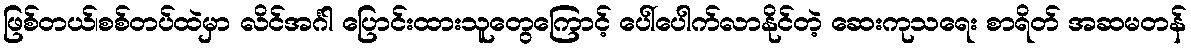
ဖြစ်တယ်၊စစ်တပ်ထဲမှာ လိင်အင်္ဂါ ပြောင်းထားသူတွေကြောင့် ပေါ်ပေါက်လာနိုင်တဲ့ ဆေးကုသရေး စာရိတ် အဆမတန်